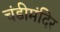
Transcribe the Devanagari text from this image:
चंडीमंदिर